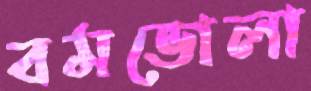
বমভোলা